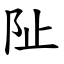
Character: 阯